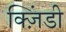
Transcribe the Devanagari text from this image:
क्ज़िंडी